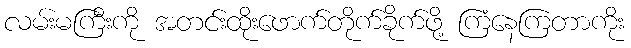
လမ်းမကြီးကို အတင်းထိုးဖောက်တိုက်ခိုက်ဖို့ ကြံနေကြတာကိုး